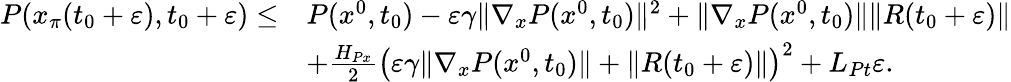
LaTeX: \begin{array}{rl}{P(x_{\pi}(t_{0}+\varepsilon),t_{0}+\varepsilon)\le}&{P(x^{0},t_{0})-\varepsilon\gamma\| \nabla_{x}P(x^{0},t_{0})\| ^{2}+\| \nabla_{x}P(x^{0},t_{0})\| \| R(t_{0}+\varepsilon)\| }\\ &{+\frac{H_{Px}}{2}\big(\varepsilon\gamma\| \nabla_{x}P(x^{0},t_{0})\| +\| R(t_{0}+\varepsilon)\| \big)^{2}+L_{Pt}\varepsilon.}\end{array}